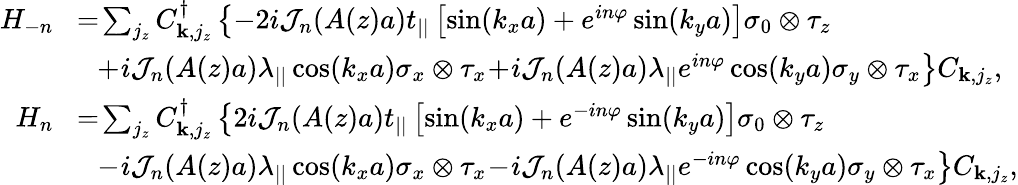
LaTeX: \begin{array}{rl}{H_{-n}}&{\! =\! \sum_{j_{z}}C_{{\mathbf k},j_{z}}^{\dagger}\left\{ -2i{\cal J}_{n}(A(z)a)t_{||}\left[\sin(k_{x}a)+e^{in\varphi}\sin(k_{y}a)\right]\sigma_{0}\otimes\tau_{z}\right.}\\ &{\left.~~\! +\! i{\cal J}_{n}(A(z)a)\lambda_{||}\cos(k_{x}a)\sigma_{x}\otimes\tau_{x}\! +\! i{\cal J}_{n}(A(z)a)\lambda_{||}e^{in\varphi}\cos(k_{y}a)\sigma_{y}\otimes\tau_{x}\right\} C_{{\mathbf k},j_{z}},}\\ {H_{n}}&{\! =\! \sum_{j_{z}}C_{{\mathbf k},j_{z}}^{\dagger}\left\{ 2i{\cal J}_{n}(A(z)a)t_{||}\left[\sin(k_{x}a)+e^{-in\varphi}\sin(k_{y}a)\right]\sigma_{0}\otimes\tau_{z}\right.}\\ &{\left.~~\! -\! i{\cal J}_{n}(A(z)a)\lambda_{||}\cos(k_{x}a)\sigma_{x}\otimes\tau_{x}\! -\! i{\cal J}_{n}(A(z)a)\lambda_{||}e^{-in\varphi}\cos(k_{y}a)\sigma_{y}\otimes\tau_{x}\right\} C_{{\mathbf k},j_{z}},}\end{array}